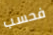
فحسب